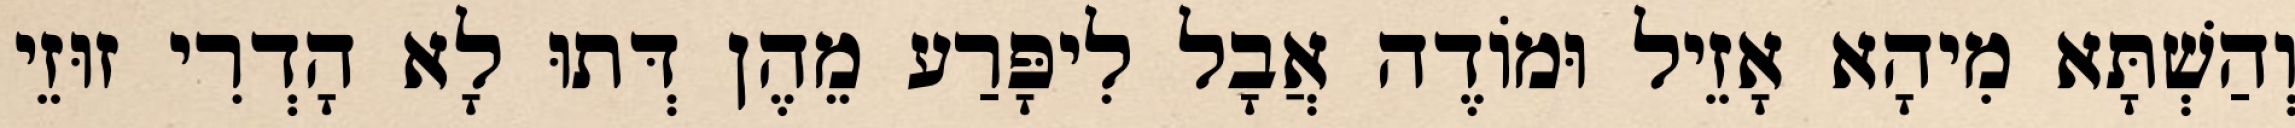
וְהַשְׁתָּא מִיהָא אָזֵיל וּמוֹדֶה אֲבָל לִיפָּרַע מֵהֶן דְּתוּ לָא הָדְרִי זוּזֵי